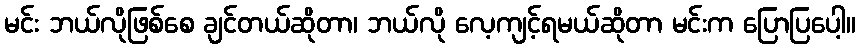
မင်း ဘယ်လိုဖြစ်စေ ချင်တယ်ဆိုတာ၊ ဘယ်လို လေ့ကျင့်ရမယ်ဆိုတာ မင်းက ပြောပြပေါ့။